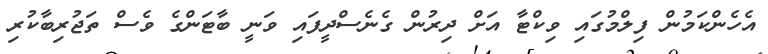
އެހެންކަމުން ފިލްމުގައި ވިކްޓާ އަށް ދިރުން ގެނެސްދީފައި ވަނީ ބާޓަންގެ ވެސް ތަޖުރިބާކުރި